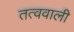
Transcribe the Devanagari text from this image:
तत्ववाली